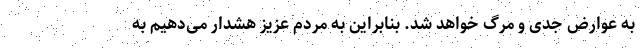
به عوارض جدی و مرگ خواهد شد. بنابراین به مردم عزیز هشدار می‌دهیم به